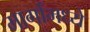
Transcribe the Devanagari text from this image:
मार्गांमध्ये